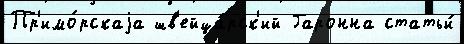
Пр'имо́рскаjа шв'ейца́рск'ий Гаронна статьи́